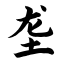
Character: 垄